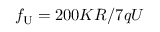
f _ { \mathrm { U } } = 2 0 0 K R / 7 q U